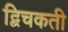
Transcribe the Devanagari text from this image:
द्विचकती